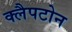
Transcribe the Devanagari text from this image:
क्लैपटोन